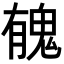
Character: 𩲾